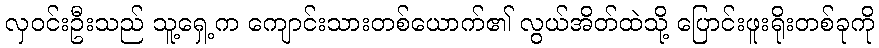
လှဝင်းဦးသည် သူ့ရှေ့က ကျောင်းသားတစ်ယောက်၏ လွယ်အိတ်ထဲသို့ ပြောင်းဖူးရိုးတစ်ခုကို